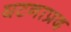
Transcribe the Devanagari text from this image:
घटनाप्रद